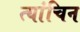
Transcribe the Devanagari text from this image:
त्यांचिन